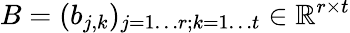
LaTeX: B=(b_{j,k})_{j=1\ldots r;k=1\ldots t}\in\mathbb{R}^{r\times t}